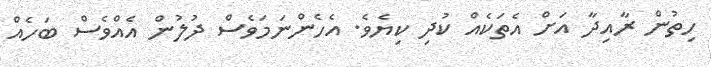
ހިތުން ރާއިދާ އަށް އެތަކެއް ކުދި ކިޔެވެ. އެހެންނަމަވެސް ދުލުން އެއްވެސް ބަހެއް